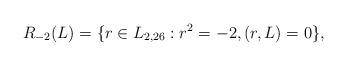
LaTeX: \begin{align*}R_{-2}(L) = \{r \in L_{2,26} : r^2 = -2, (r,L) = 0\},\end{align*}